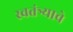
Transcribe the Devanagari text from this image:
स्वतंत्र्याचे